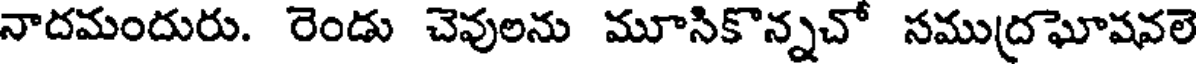
నాదమందురు. రెండు చెవులను మూసికొన్నచో సముద్రఘోషవలె